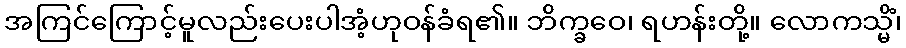
အကြင်ကြောင့်မူလည်းပေးပါအံ့ဟုဝန်ခံရ၏။ ဘိက္ခဝေ၊ ရဟန်းတို့။ လောကသ္မိံ၊